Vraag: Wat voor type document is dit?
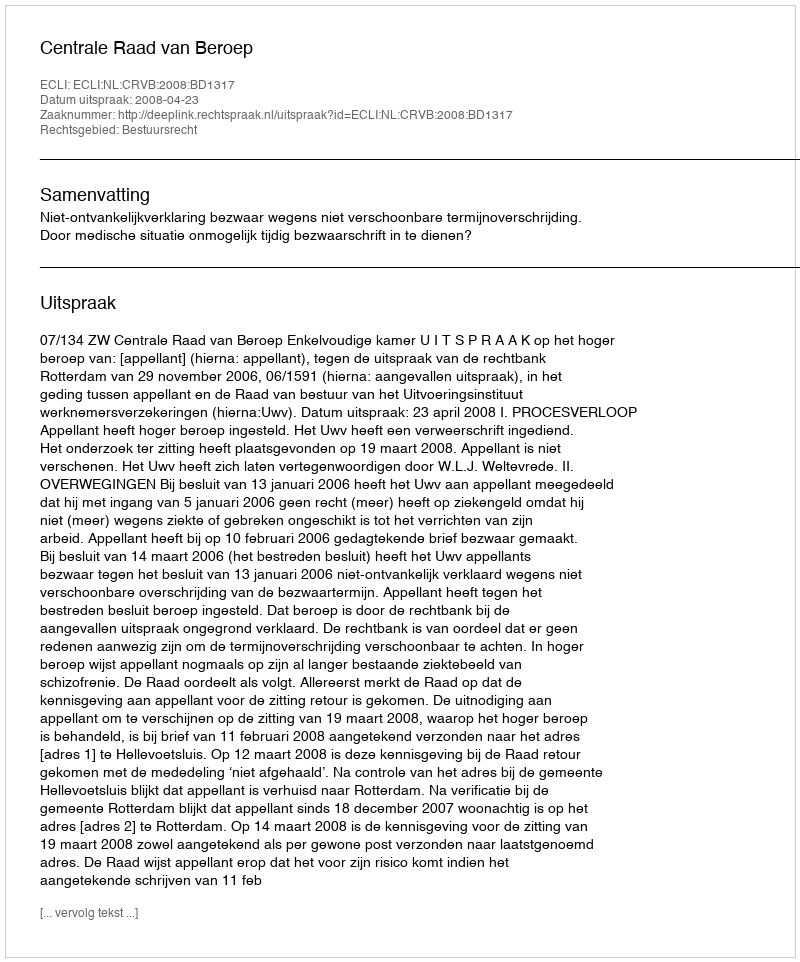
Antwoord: Uitspraak